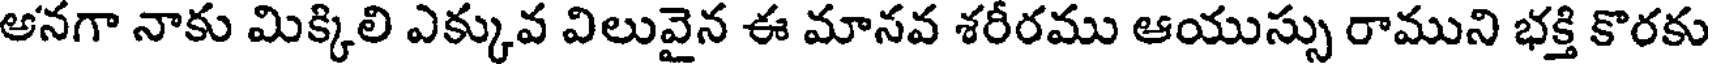
అనగా నాకు మిక్కిలి ఎక్కువ విలువైన ఈ మానవ శరీరము ఆయుస్సు రాముని భక్తి కొరకు